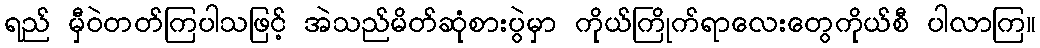
ရည် မှီဝဲတတ်ကြပါသဖြင့် အဲသည်မိတ်ဆုံစားပွဲမှာ ကိုယ်ကြိုက်ရာလေးတွေကိုယ်စီ ပါလာကြ။